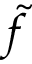
\tilde { f }